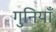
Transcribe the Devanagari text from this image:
गुनियाँ